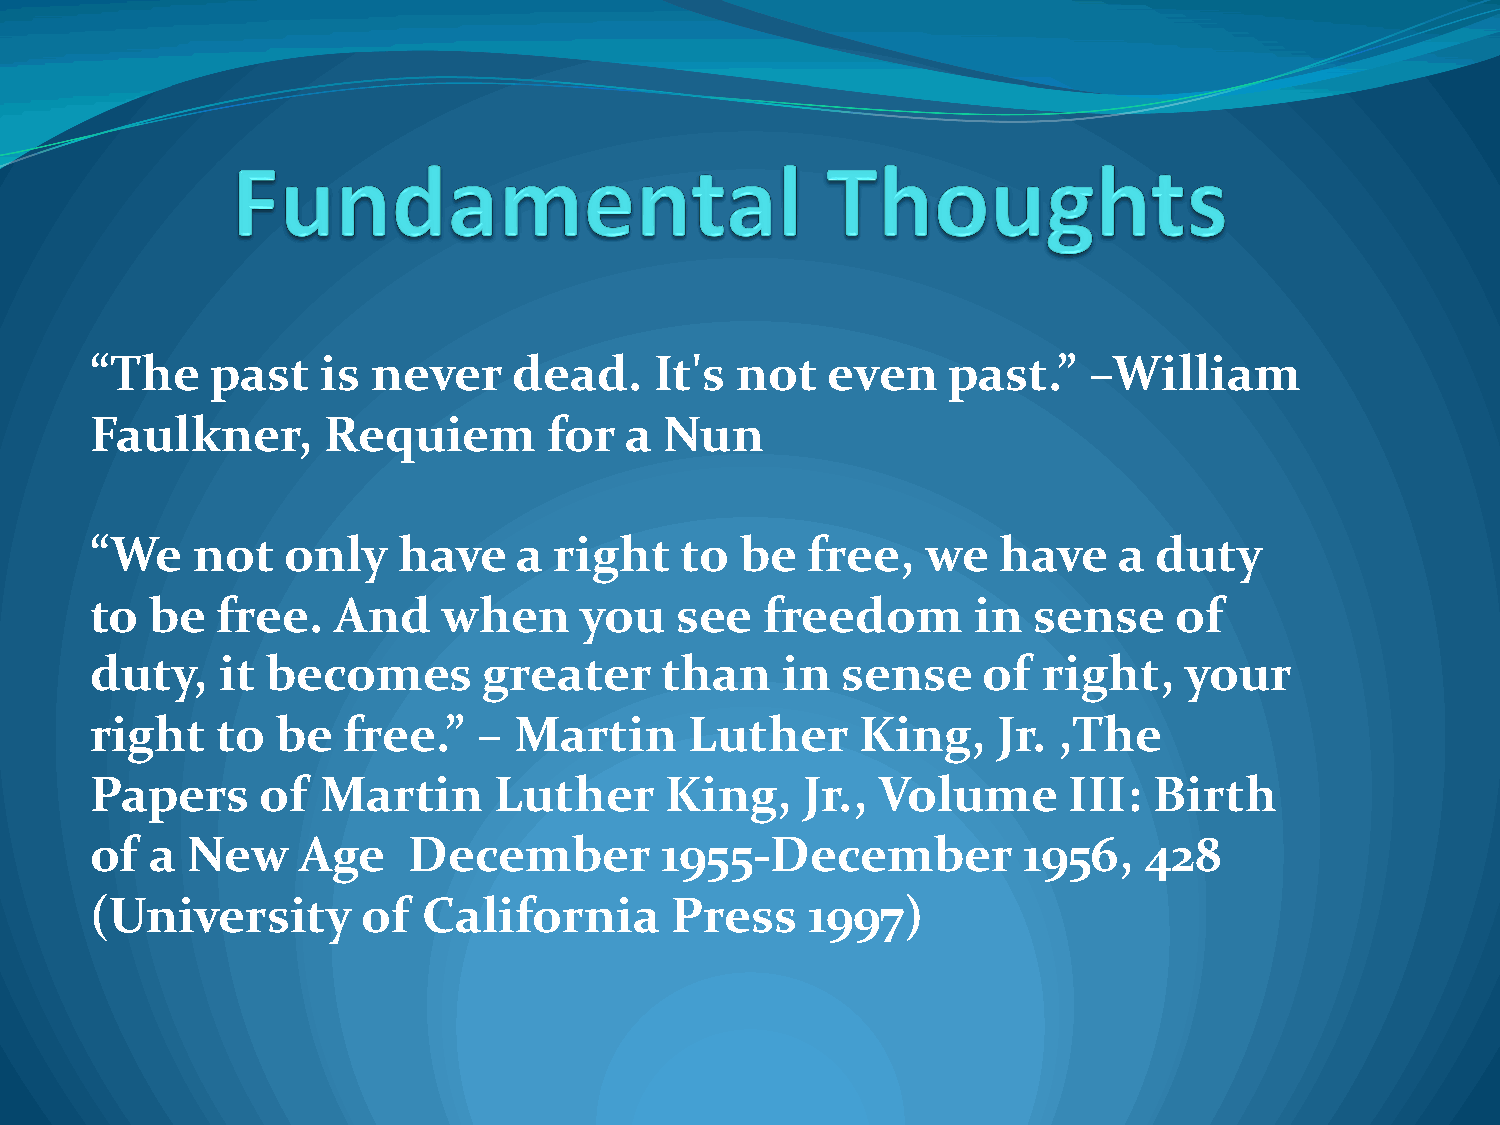
“The    past   is  never    dead.    It's  not   even    past.”   –William
 Faulkner,      Requiem        for  a  Nun
 “We    not   only   have    a  right   to  be   free,  we   have    a duty
 to  be  free.   And    when     you    see   freedom       in sense     of
 duty,    it becomes       greater     than    in  sense    of  right,   your
 right   to  be   free.”   – Martin      Luther     King,    Jr. ,The
 Papers     of  Martin      Luther     King,    Jr., Volume       III: Birth
 of  a New     Age    December         1955-December           1956,   428
 (University       of  California      Press    1997)